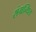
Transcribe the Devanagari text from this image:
संग्रन्थित